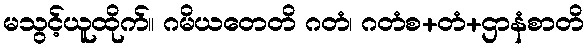
မသွင့်ယူထိုက်။ ဂမိယတေတိ ဂတံ၊ ဂတံစ+တံ+ဌာနံစာတိ